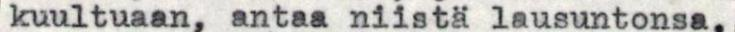
kuultuaan, antaa niistä lausuntonsa.